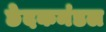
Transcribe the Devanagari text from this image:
छेदकमंडल